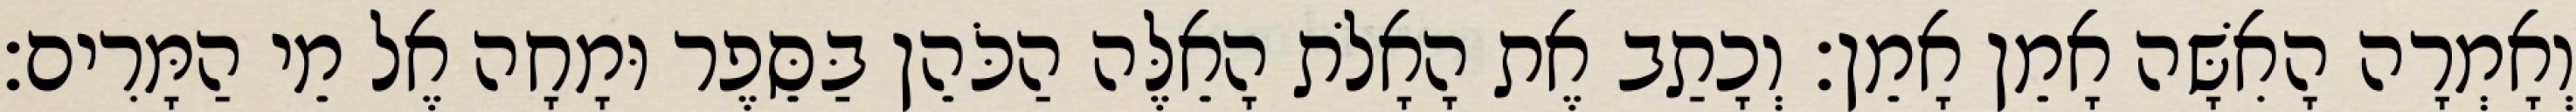
וְאָמְרָה הָאִשָּׁה אָמֵן אָמֵן׃ וְכָתַב אֶת הָאָלֹת הָאֵלֶּה הַכֹּהֵן בַּסֵּפֶר וּמָחָה אֶל מֵי הַמָּרִים׃